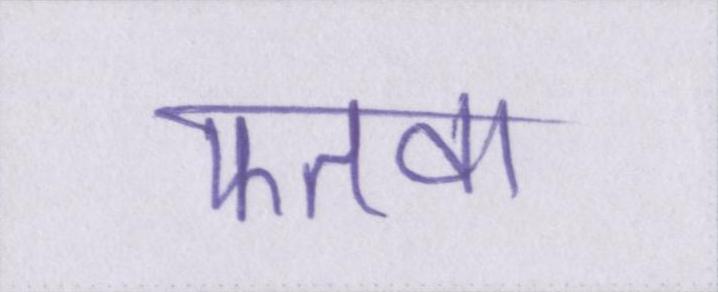
फतवा